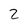
Character: 2